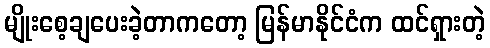
မျိုးစေ့ချပေးခဲ့တာကတော့ မြန်မာနိုင်ငံက ထင်ရှားတဲ့